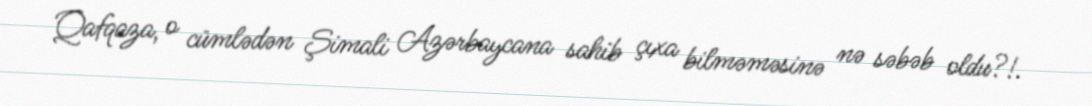
Qafqaza, o cümlədən Şimali Azərbaycana sahib çıxa bilməməsinə nə səbəb oldu?!.